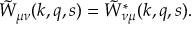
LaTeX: \tilde { W } _ { \mu \nu } ( k , q , s ) = \tilde { W } _ { \nu \mu } ^ { \ast } ( k , q , s ) .